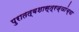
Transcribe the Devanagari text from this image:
पुरातत्वशास्त्रज्ञांच्या